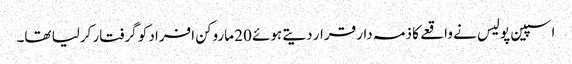
اسپین پولیس نے واقعے کا ذمہ دار قرار دیتے ہوئے 20 ماروکن افراد کو گرفتار کرلیا تھا۔